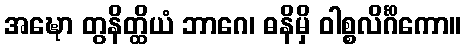
အဍ္ဎော တွနိတ္ထိယံ ဘာဂေ၊ ဓနိမှိ ဝါစ္စလိင်္ဂိကော။